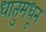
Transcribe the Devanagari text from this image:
धातुमधून